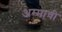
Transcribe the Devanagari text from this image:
अम्माची